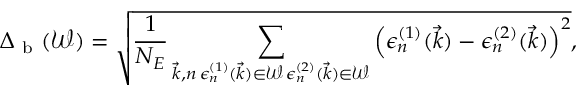
\Delta _ { \mathrm { ~ b ~ } } ( \mathcal { W } ) = \sqrt { \frac { 1 } { N _ { E } } \sum _ { \substack { \vec { k } , n \, \epsilon _ { n } ^ { ( 1 ) } ( \vec { k } ) \in \mathcal { W } \, \epsilon _ { n } ^ { ( 2 ) } ( \vec { k } ) \in \mathcal { W } } } \left( \epsilon _ { n } ^ { ( 1 ) } ( \vec { k } ) - \epsilon _ { n } ^ { ( 2 ) } ( \vec { k } ) \right) ^ { 2 } } ,